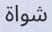
شواة